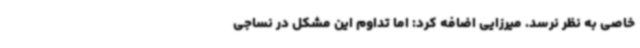
خاصی به نظر نرسد. میرزایی اضافه کرد: اما تداوم این مشکل در نساجی